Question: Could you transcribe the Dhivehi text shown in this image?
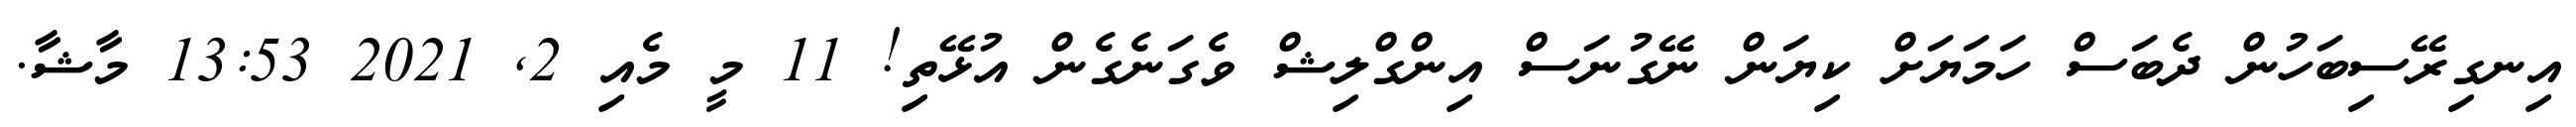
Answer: އިނގިރޭސިބަހުން ދެބަސް ހަމަޔަށް ކިޔަން ނޭގުނަސް އިންގްލިޝް ވެގަނެގެން އުޅޭތި! 11 މީ މެއި 2, 2021 13:53 މާޝާ.